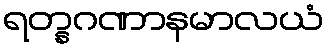
ရတ္နဂဏာနမာလယံ